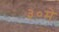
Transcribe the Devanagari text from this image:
३०मे